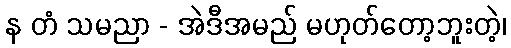
န တံ သမညာ - အဲဒီအမည် မဟုတ်တော့ဘူးတဲ့၊